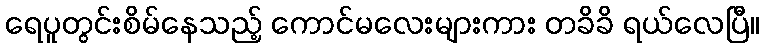
ရေပူတွင်းစိမ်နေသည့် ကောင်မလေးများကား တခိခိ ရယ်လေပြီ။